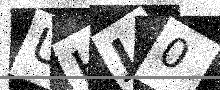
Text: UHJ0